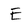
Character: E